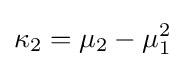
\kappa _{2}=\mu _{2}-\mu _{1}^{2}